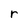
Character: r